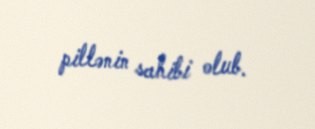
pillənin sahibi olub.